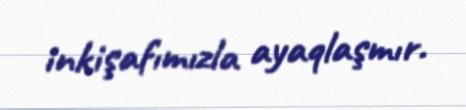
inkişafımızla ayaqlaşmır.